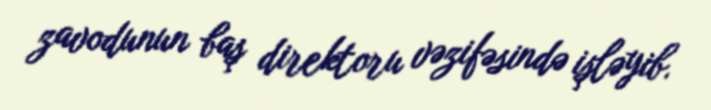
zavodunun baş direktoru vəzifəsində işləyib.